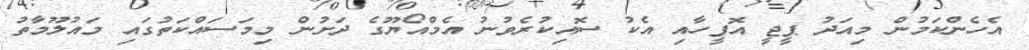
އެހެންކަމުން މިއަދު ޕީޖީ އޮފީހާއި އެކު ސޮއިކުރެވުނު އެމްއޯޔޫގެ ދަށުން މިމަސައްކަތުގައި މައުލޫމާތު